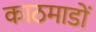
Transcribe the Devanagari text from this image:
काठमाडों